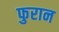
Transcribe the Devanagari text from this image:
फुरान